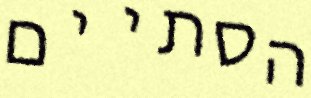
הסתיים